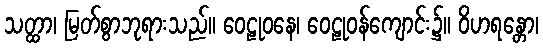
သတ္ထာ၊ မြတ်စွာဘုရားသည်။ ဝေဠုဝနေ၊ ဝေဠုဝန်ကျောင်း၌။ ဝိဟရန္တော၊